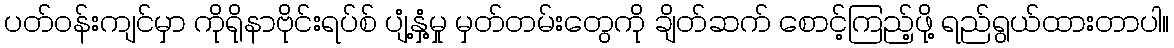
ပတ်ဝန်းကျင်မှာ ကိုရိုနာဗိုင်းရပ်စ် ပျံ့နှံ့မှု မှတ်တမ်းတွေကို ချိတ်ဆက် စောင့်ကြည့်ဖို့ ရည်ရွယ်ထားတာပါ။